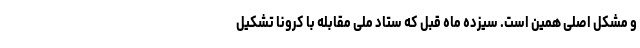
و مشکل اصلی همین است. سیزده ماه قبل که ستاد ملی مقابله با کرونا تشکیل